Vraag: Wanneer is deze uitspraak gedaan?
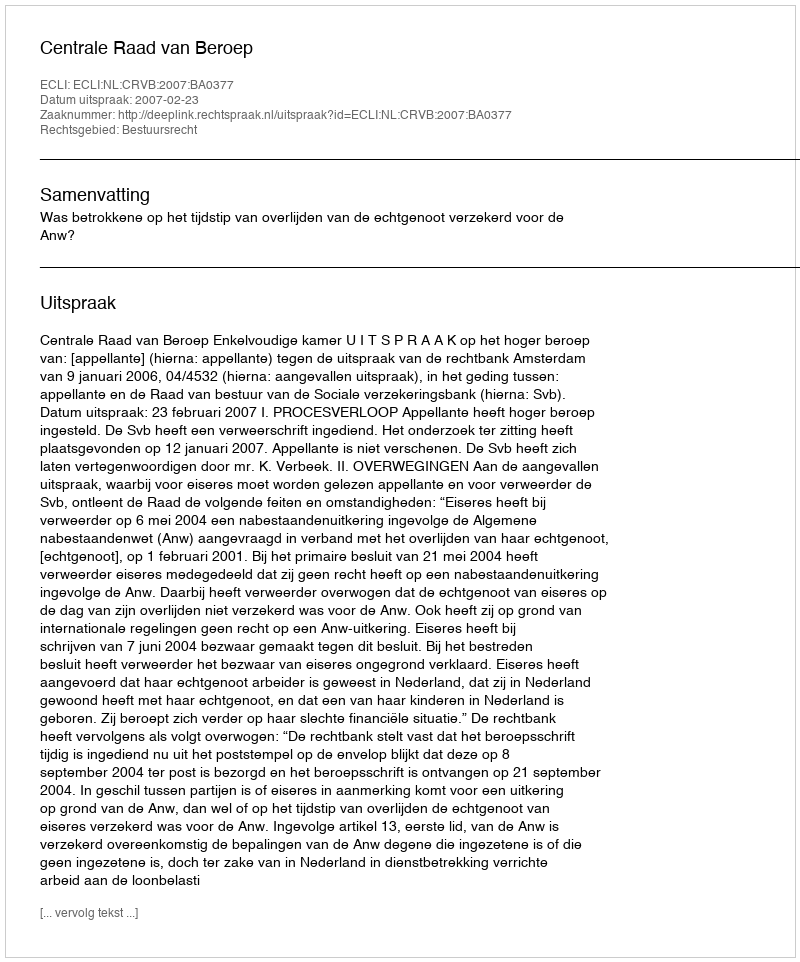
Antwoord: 2007-02-23